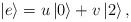
LaTeX: \begin{align*}\left| e \right> = u \left| 0 \right> + v \left| 2 \right>,\end{align*}